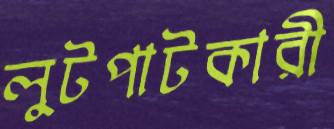
লুটপাটকারী